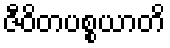
ဇီဝိတပစ္စယာတိ